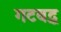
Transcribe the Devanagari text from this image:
गटबद्ध